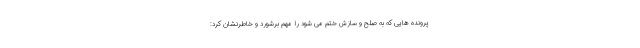
پرونده هایی که به صلح و سازش ختم می شود را مهم برشورد و خاطرنشان کرد: